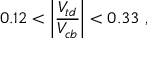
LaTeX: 0 . 1 2 < \left| \frac { V _ { t d } } { V _ { c b } } \right| < 0 . 3 3 ~ ,